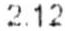
2.12